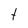
Character: t